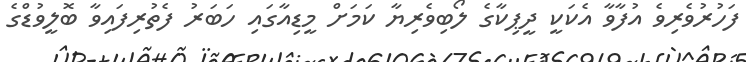
ފަހުރުވެރިވެ އުފާވާ އެކަކީ ދީޕިކާގެ ލޯބިވެރިޔާ ކަމަށް މީޑިއާގައި ހަބަރު ފެތުރިފައިވާ ބޮލީވުޑްގެ